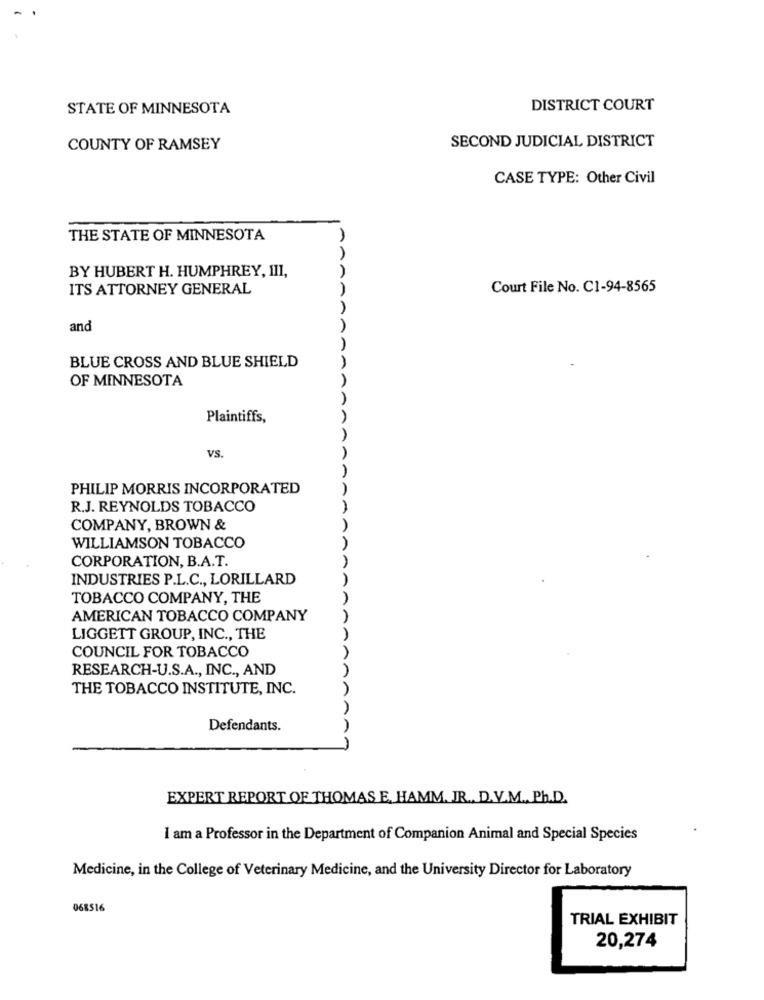
STATE OF MINNESOTA
DISTRICT COURT
SECOND JUDICIAL DISTRICT
COUNTY OF RAMSEY
CASE TYPE: Other Civil
THE STATE OF MINNESOTA
MA
BY HUBERT H. HUMPHREY, III,
A
ITS ATTORNEY GENERAL
Court File No. C1-94-8565
and
BLUE CROSS AND BLUE SHIELD
OF MINNESOTA
Plaintiffs,
VS.
PHILIP MORRIS INCORPORATED
R.J. REYNOLDS TOBACCO
A
COMPANY, BROWN &
WILLIAMSON TOBACCO
CORPORATION, B.A.T.
INDUSTRIES P.L.C ., LORILLARD
TOBACCO COMPANY, THE
AMERICAN TOBACCO COMPANY
LIGGETT GROUP, INC ., THE
COUNCIL FOR TOBACCO
RESEARCH-U.S.A ., INC ., AND
THE TOBACCO INSTITUTE, INC.
Defendants.
EXPERT REPORT OF THOMAS E, HAMM. JR ., D.V.M ., Ph.D.
1 am a Professor in the Department of Companion Animal and Special Species
Medicine, in the College of Veterinary Medicine, and the University Director for Laboratory
068516
TRIAL EXHIBIT
20,274